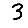
Digit: 3